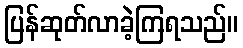
ပြန်ဆုတ်လာခဲ့ကြရသည်။